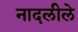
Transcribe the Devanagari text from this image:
नादलीले